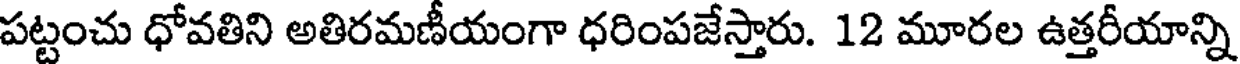
పట్టంచు ధోవతిని అతిరమణీయంగా ధరింపజేస్తారు. 12 మూరల ఉత్తరీయాన్ని